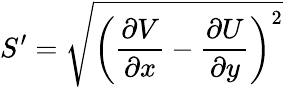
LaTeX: {S}^{\prime}=\sqrt{\left(\frac{\partial V}{\partial x}-\frac{\partial U}{\partial y}\right)^{2}}